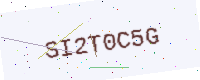
Text: SI2T0C5G